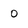
Character: 0